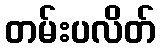
တမ်းပလိတ်